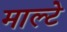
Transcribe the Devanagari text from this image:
माल्टे